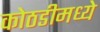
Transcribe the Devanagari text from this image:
कोठडीमध्ये